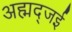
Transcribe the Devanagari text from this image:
अह्मद्जई